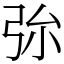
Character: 㢱